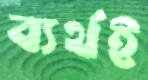
ব্যর্থই